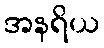
အနရိယ